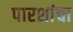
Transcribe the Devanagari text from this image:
पारशांचा